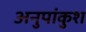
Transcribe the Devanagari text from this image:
अनुपांकुश